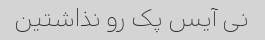
نی آیس پک رو نذاشتین